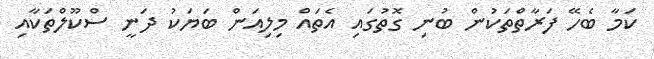
ކަމާ ބެހޭ ފަރާތްތަކުން ބުނި ގޮތުގައި އެތައް މިލިއަން ބަޔަކު ދަނީ ސްކޫލްތަކާއި